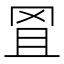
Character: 𦊕